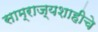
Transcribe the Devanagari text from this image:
साम्राज्यशाहीचे